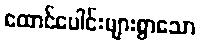
ထောင်ပေါင်းများစွာသော